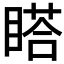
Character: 𥉌